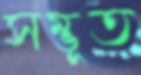
সম্ভূত